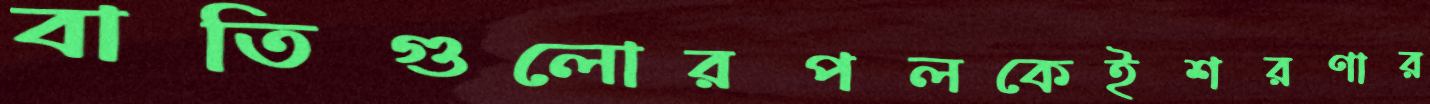
বাতিগুলোরপলকেইশরণার